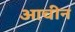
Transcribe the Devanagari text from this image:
आचीन